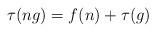
LaTeX: \begin{align*}\tau(ng) = f(n) + \tau(g)\end{align*}